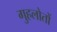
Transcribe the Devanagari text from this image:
गुहलोतों